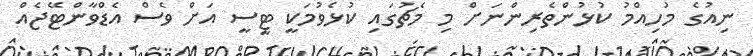
ނިއުގެ މުހިއްމު ކުޅުންތެރިންނަށް މި މެޗުގައި ކުޅެވުމަކީ ޓީސީ އަށް ވެސް އެޑްވާންޓޭޖެއް